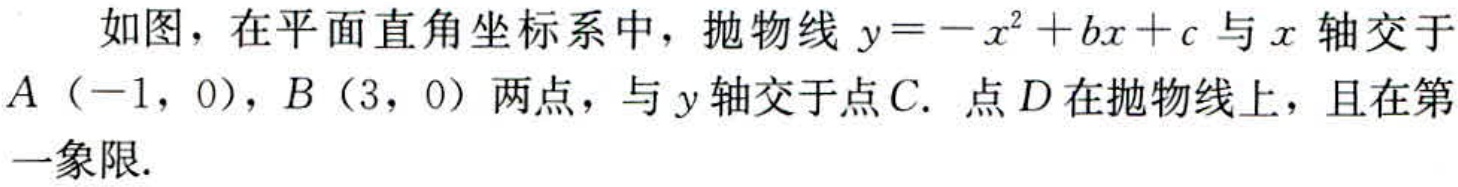
如图，在平面直角坐标系中，抛物线 \(y=-x^{2}+bx + c\) 与 \(x\) 轴交于 \(A（-1，0）\)，\(B（3，0）\) 两点，与 \(y\) 轴交于点 \(C\). 点 \(D\) 在抛物线上，且在第一象限.